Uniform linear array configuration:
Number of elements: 32
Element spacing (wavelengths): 1
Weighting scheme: blackman
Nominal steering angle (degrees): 60
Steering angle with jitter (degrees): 59.129
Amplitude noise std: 0.05
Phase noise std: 0.05

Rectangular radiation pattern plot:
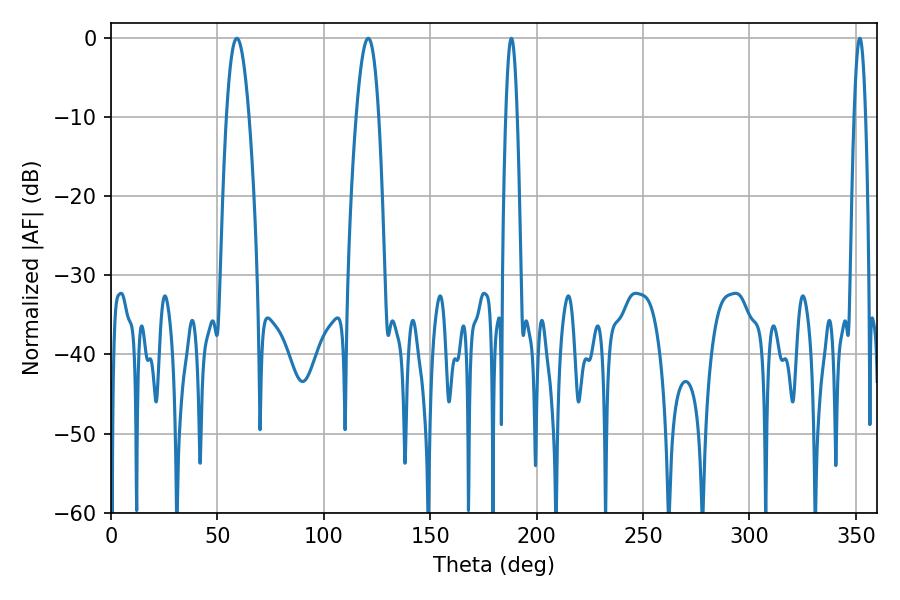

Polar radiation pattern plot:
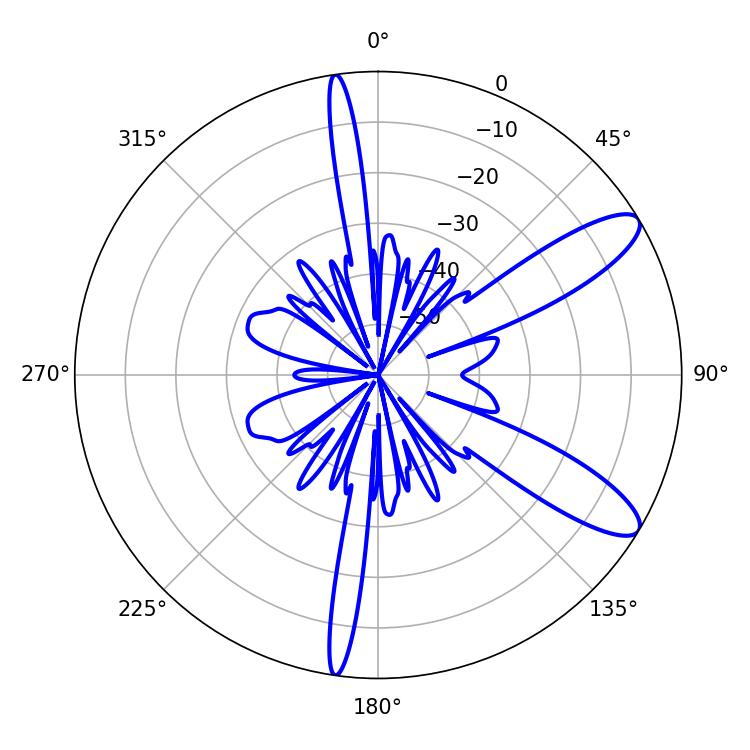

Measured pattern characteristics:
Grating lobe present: TRUE
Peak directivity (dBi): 10.639
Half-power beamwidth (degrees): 2.88
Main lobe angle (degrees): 188.1